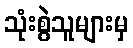
သုံးစွဲသူများမှ